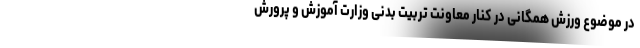
در موضوع ورزش همگانی در کنار معاونت تربیت بدنی وزارت آموزش و پرورش